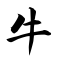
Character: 牛